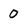
Character: 0